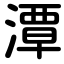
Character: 潭